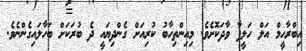
އިބްރާހީމް އަލް ހަލީފާ ވާދަކޮށެވެ. މިއިންތިހާބު ކުރިއަށް ގެންދިޔައީ ދެ ބުރަކަށް ބަހާލައިގެންނެވެ.